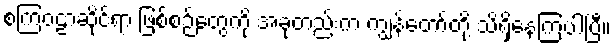
စကြဝဠာဆိုင်ရာ ဖြစ်စဉ်တွေကို အခုတည်းက ကျွန်တော်တို့ သိရှိနေကြပါပြီ။